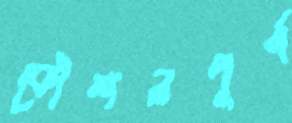
কৌশলপূর্ণ